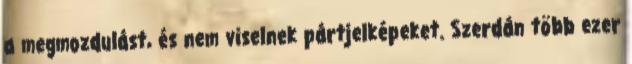
a megmozdulást, és nem viselnek pártjelképeket. Szerdán több ezer